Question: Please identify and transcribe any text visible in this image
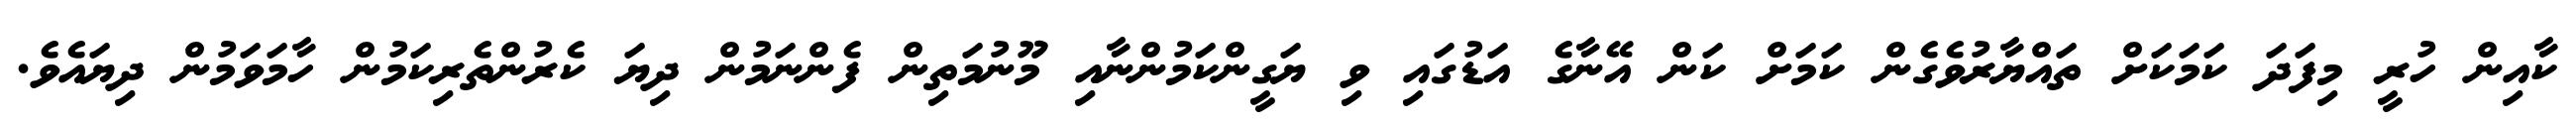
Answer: ކާއިން ހުރީ މިފަދަ ކަމަކަށް ތައްޔާރުވެގެން ކަމަށް ކަން އޭނާގެ އަޑުގައި ވި ޔަގީންކަމުންނާއި މޫނުމަތިން ފެންނަމުން ދިޔަ ކެރުންތެރިކަމުން ހާމަވަމުން ދިޔައެވެ.